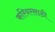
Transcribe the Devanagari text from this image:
करियरसाठी